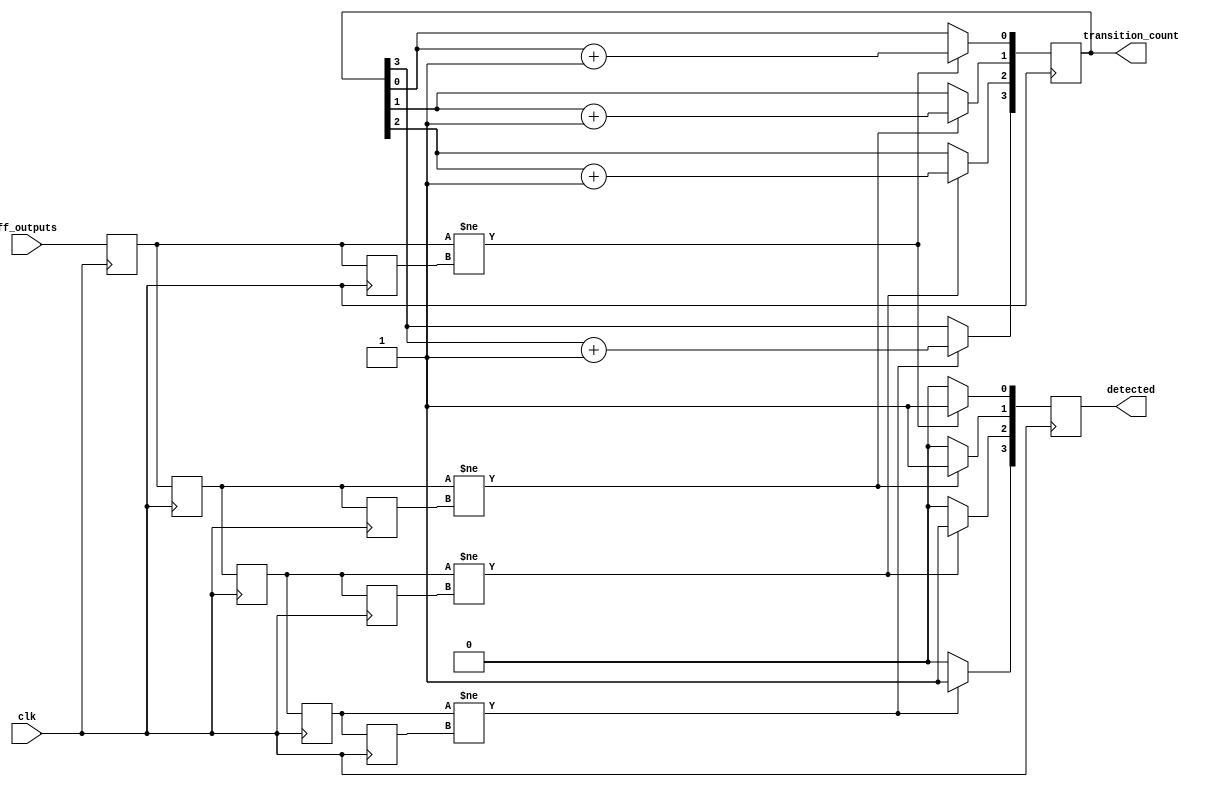
module flip_flop_detector #(
    parameter NUM_UNITS = 4, // Number of cascaded detection units
    parameter WIDTH = 8       // Width of the flip-flop output signals
)(
    input wire clk,                     // Clock signal
    input wire [WIDTH-1:0] ff_outputs,  // Flip-flop output signals
    output reg [NUM_UNITS-1:0] detected, // Detection output for each unit
    output reg [NUM_UNITS-1:0] transition_count // Transition count for each unit
);

    // Memory blocks to store previous and current states
    reg [WIDTH-1:0] prev_state [0:NUM_UNITS-1];
    reg [WIDTH-1:0] curr_state [0:NUM_UNITS-1];

    integer i;

    // Sequential logic to update states and detect transitions
    always @(posedge clk) begin
        for (i = 0; i < NUM_UNITS; i = i + 1) begin
            // Update current state from flip-flop outputs
            if (i == 0) begin
                curr_state[i] <= ff_outputs; // First unit takes direct input
            end else begin
                curr_state[i] <= curr_state[i-1]; // Subsequent units take input from previous unit
            end

            // Detect transitions
            if (curr_state[i] != prev_state[i]) begin
                detected[i] <= 1'b1; // Transition detected
                transition_count[i] <= transition_count[i] + 1; // Increment count
            end else begin
                detected[i] <= 1'b0; // No transition
            end

            // Update previous state
            prev_state[i] <= curr_state[i];
        end
    end

endmodule